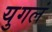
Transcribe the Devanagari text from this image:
युगलं